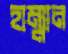
হাম্মান